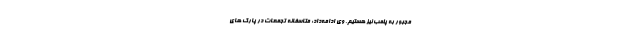
مجبور به پلمب نیز هستیم. وی ادامه‌داد: متاسفانه تجمعات در پارک های